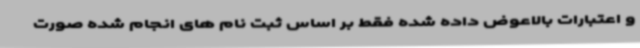
و اعتبارات بالاعوض داده شده فقط بر اساس ثبت نام های انجام شده صورت